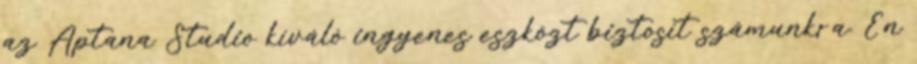
az Aptana Studio kíváló ingyenes eszközt biztosít számunkra. Én